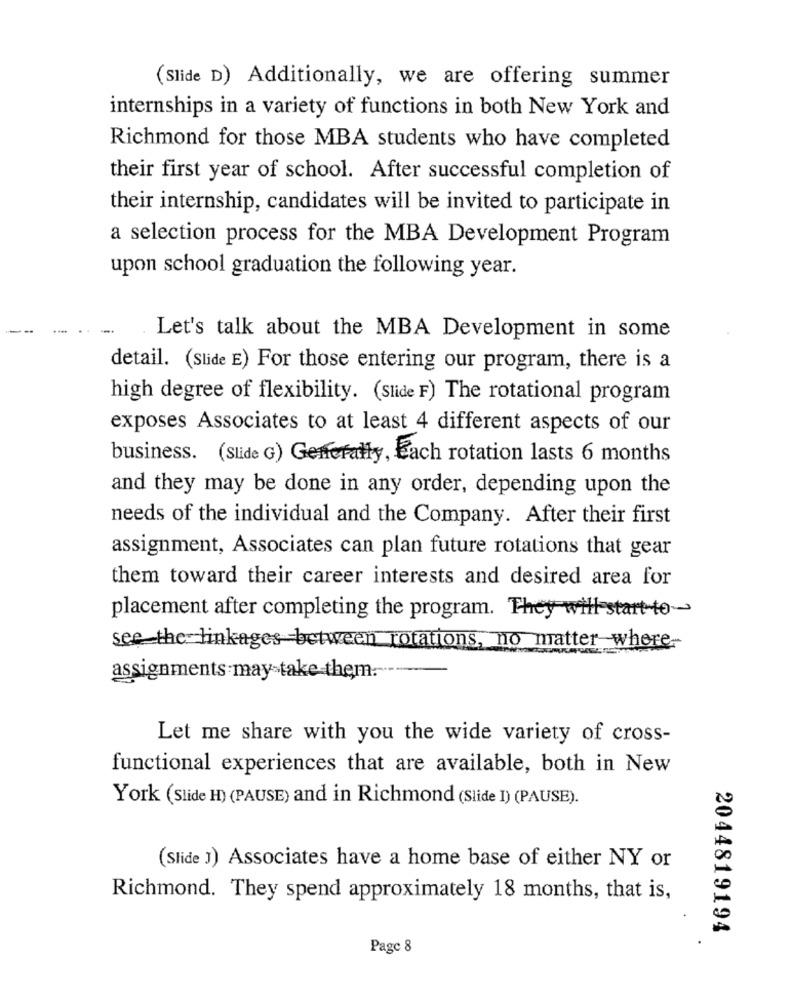
(Slide D) Additionally, we are offering summer
internships in a variety of functions in both New York and
Richmond for those MBA students who have completed
their first year of school. After successful completion of
their internship, candidates will be invited to participate in
a selection process for the MBA Development Program
upon school graduation the following year.
Let's talk about the MBA Development in some
detail. (Slide E) For those entering our program, there is a
high degree of flexibility. (Slide F) The rotational program
exposes Associates to at least 4 different aspects of our
business. (Slide G) Generally, Each rotation lasts 6 months
and they may be done in any order, depending upon the
needs of the individual and the Company. After their first
assignment, Associates can plan future rotations that gear
them toward their career interests and desired area for
placement after completing the program. They will start-to-
see the linkages between rotations, no matter where-
assignments may-take them.
Let me share with you the wide variety of cross-
functional experiences that are available, both in New
York (Slide H) (PAUSE) and in Richmond (Slide I) (PAUSE).
(Slide J) Associates have a home base of either NY or
Richmond. They spend approximately 18 months, that is,
2044819194
Page 8